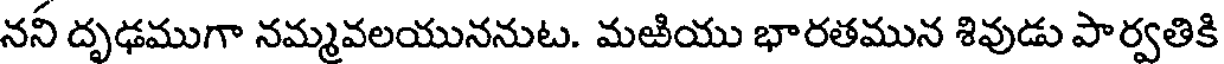
ననీ దృఢముగా నమ్మవలయుననుట. మఱియు భారతమున శివుడు పార్వతికి